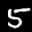
Label: 5